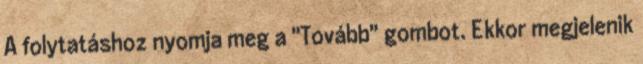
A folytatáshoz nyomja meg a "Tovább" gombot. Ekkor megjelenik